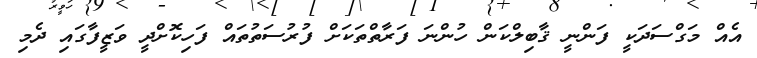
އެއް މަގްސަދަކީ ފަންނީ ޤާބިލްކަން ހުންނަ ފަރާތްތަކަށް ފުރުސަތުތައް ފަހިކޮށްދީ ވަޒީފާގައި ދެމި